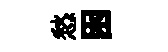
愁困